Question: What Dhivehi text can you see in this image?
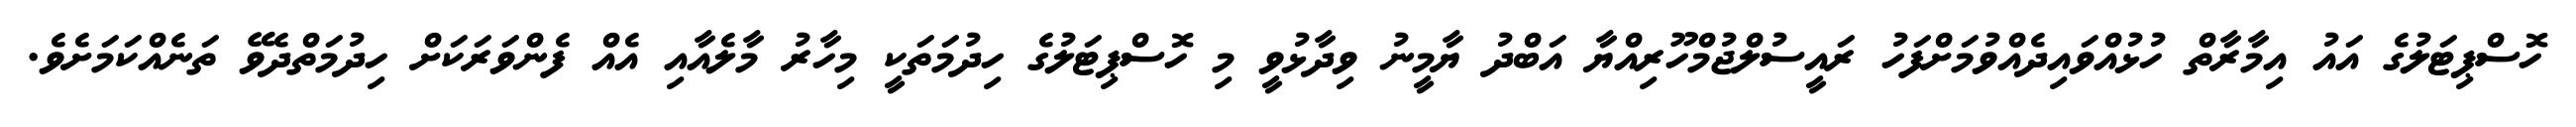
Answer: ހޮސްޕިޓަލުގެ އައު އިމާރާތް ހުޅުއްވައިދެއްވުމަށްފަހު ރައީސުލްޖުމްހޫރިއްޔާ އަބްދު ޔާމީނު ވިދާޅުވީ މި ހޮސްޕިޓަލުގެ ހިދުމަތަކީ މިހާރު މާލެއާއި އެއް ފެންވަރަކަށް ހިދުމަތްދެވޭ ތަނެއްކަމަށެވެ.